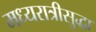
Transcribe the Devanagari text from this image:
मध्यरात्रीसुद्धा